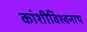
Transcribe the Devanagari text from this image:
कांशीविश्वनाथ